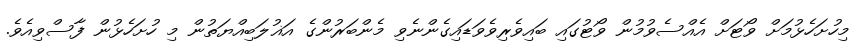
މިހުށަހެޅުމަށް ވޯޓަށް އެއްސެވުމުން ވޯޓުގައި ބައިވެރިވެވަޑައިގެންނެވި މެންބަރުންގެ އަޣުލަބިއްޔަތުން މި ހުށަހެޅުން ފާސްވިއެވެ.